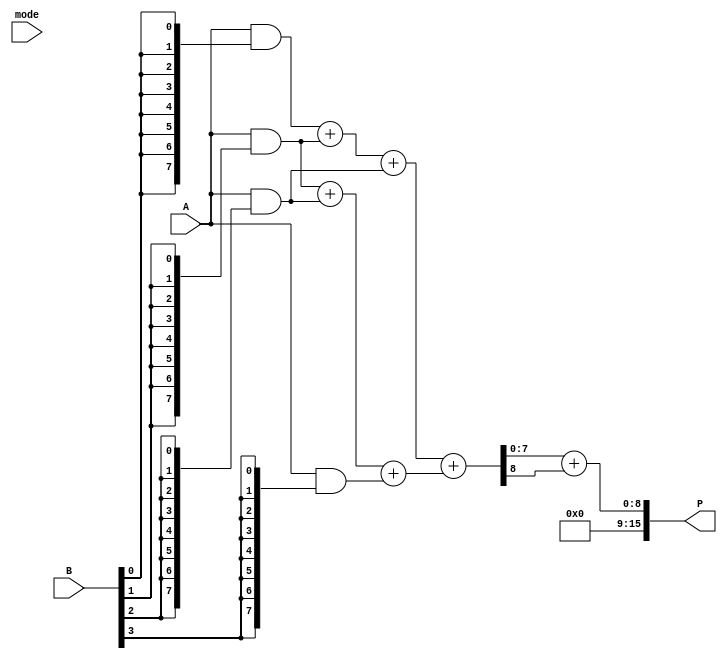
module DualModeWallaceTreeMultiplier #(
    parameter N = 8 // Bit width of the operands
) (
    input [N-1:0] A,   // First operand
    input [N-1:0] B,   // Second operand
    input mode,        // Mode select (0: standard, 1: fast)
    output reg [2*N-1:0] P // Product output
);

    // Partial product generation
    wire [N-1:0] pp [0:N-1]; // Partial products
    genvar i, j;
    generate
        for (i = 0; i < N; i = i + 1) begin : pp_gen
            assign pp[i] = A & {N{B[i]}}; // ANDing A with each bit of B
        end
    endgenerate

    // Wallace tree reduction
    wire [N-1:0] sum [0:N-1]; // Sums from CSAs
    wire [N-1:0] carry [0:N-1]; // Carries from CSAs
    wire [N-1:0] final_sum;
    wire [N-1:0] final_carry;

    // CSA reduction logic
    generate
        for (i = 0; i < N; i = i + 1) begin : wallace_tree
            if (i < N-1) begin
                assign {carry[i], sum[i]} = pp[i] + pp[i+1] + pp[i+2]; // Reduce three inputs to two outputs
            end else begin
                assign {carry[i], sum[i]} = pp[i] + pp[i+1]; // Last stage
            end
        end
    endgenerate

    // Final addition based on mode
    always @(*) begin
        if (mode == 0) begin // Standard mode
            // Use a simple adder for final addition
            {final_carry, final_sum} = sum[0] + sum[1]; // Final addition of sums
            P = final_sum + final_carry; // Final product
        end else begin // Fast mode
            // Fast mode optimizations can be applied here
            // For simplicity, we will just use the same final addition
            {final_carry, final_sum} = sum[0] + sum[1]; // Final addition of sums
            P = final_sum + final_carry; // Final product
        end
    end

endmodule